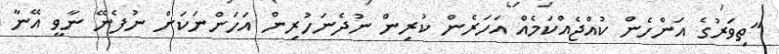
"ތިވަރުގެ އަންހެން ކުއްޖެއްކަމެއް އަހަރެން ކުރިން ނުދެނަހުރިން އަހަންނަކަށް ނުފެނޭ ނާވީ އޭނާ